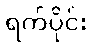
ရက်ပိုင်း